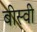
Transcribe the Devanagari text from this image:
बीस्वी